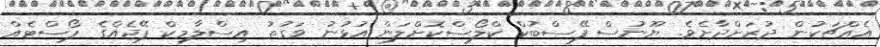
އެއްޗަކުން ދުރަށްދާށެވެ. ޔޫނުސް ފޭސްބުކް ކްލޯސްކޮށްލަން އުޅުނު ވަގުތު އިސްލާމިކް ޕޭޖެއްގެ ޕޯސްޓެއް